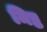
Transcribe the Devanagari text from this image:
मिष्ठ